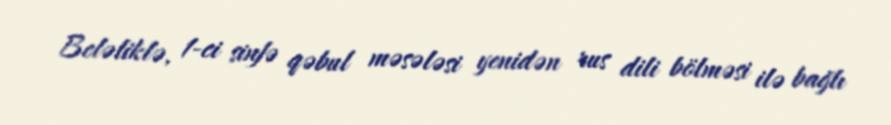
Beləliklə, 1-ci sinfə qəbul məsələsi yenidən rus dili bölməsi ilə bağlı